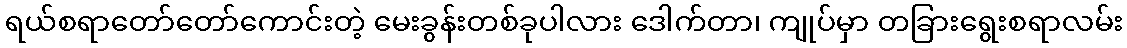
ရယ်စရာတော်တော်ကောင်းတဲ့ မေးခွန်းတစ်ခုပါလား ဒေါက်တာ၊ ကျုပ်မှာ တခြားရွေးစရာလမ်း